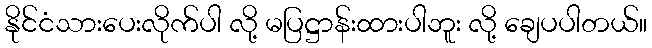
နိုင်ငံသားပေးလိုက်ပါ လို့ မပြဋ္ဌာန်းထားပါဘူး လို့ ချေပပါတယ်။